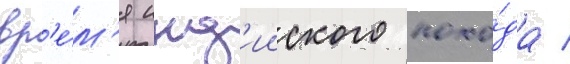
вр'е́м'я инд'ииского похо́да /